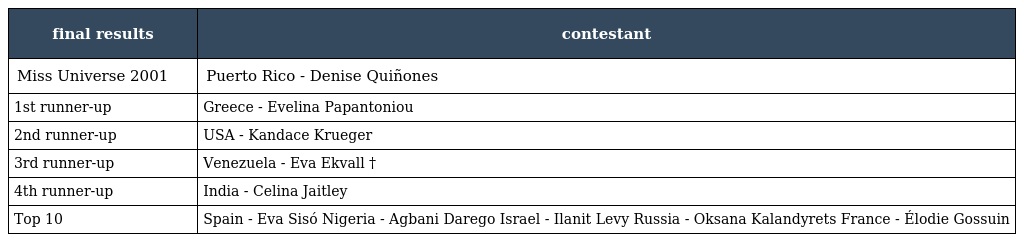
| final results | contestant |
 | --- | --- |
 | Miss Universe 2001 | Puerto Rico - Denise Quiñones |
 | 1st runner-up | Greece - Evelina Papantoniou |
 | 2nd runner-up | USA - Kandace Krueger |
 | 3rd runner-up | Venezuela - Eva Ekvall † |
 | 4th runner-up | India - Celina Jaitley |
 | Top 10 | Spain - Eva Sisó Nigeria - Agbani Darego Israel - Ilanit Levy Russia - Oksana Kalandyrets France - Élodie Gossuin |